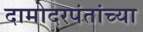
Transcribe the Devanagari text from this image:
दामोदरपंतांच्या